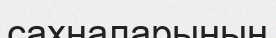
сахналарының